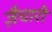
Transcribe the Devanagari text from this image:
ज़ैचारी